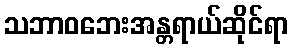
သဘာဝဘေးအန္တရာယ်ဆိုင်ရာ